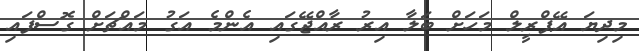
މިދިޔަ އޭޕްރީލް މަހަށް ބަލާ އިރު ރާއްޖޭގައި އެންމެ އަގު މައްޗަށް ގޮސްފައި